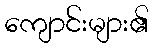
ကျောင်းများ၏